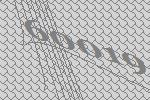
60019